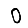
Digit: 0